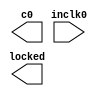
// megafunction wizard: %ALTPLL%VBB%
// GENERATION: STANDARD
// VERSION: WM1.0
// MODULE: altpll 

// ============================================================
// Megafunction Name(s):
// 			altpll
//
// Simulation Library Files(s):
// 			altera_mf
// ============================================================
// ************************************************************
// THIS IS A WIZARD-GENERATED FILE. DO NOT EDIT THIS FILE!
//
// 13.0.1 Build 232 06/12/2013 SP 1 SJ Web Edition
// ************************************************************

//Copyright (C) 1991-2013 Altera Corporation
//Your use of Altera Corporation's design tools, logic functions 
//and other software and tools, and its AMPP partner logic 
//functions, and any output files from any of the foregoing 
//(including device programming or simulation files), and any 
//associated documentation or information are expressly subject 
//to the terms and conditions of the Altera Program License 
//Subscription Agreement, Altera MegaCore Function License 
//Agreement, or other applicable license agreement, including, 
//without limitation, that your use is for the sole purpose of 
//programming logic devices manufactured by Altera and sold by 
//Altera or its authorized distributors.  Please refer to the 
//applicable agreement for further details.

module PLL (
	inclk0,
	c0,
	locked);

	input	  inclk0;
	output	  c0;
	output	  locked;

endmodule

// ============================================================
// CNX file retrieval info
// ============================================================
// Retrieval info: PRIVATE: ACTIVECLK_CHECK STRING "0"
// Retrieval info: PRIVATE: BANDWIDTH STRING "1.000"
// Retrieval info: PRIVATE: BANDWIDTH_FEATURE_ENABLED STRING "0"
// Retrieval info: PRIVATE: BANDWIDTH_FREQ_UNIT STRING "MHz"
// Retrieval info: PRIVATE: BANDWIDTH_PRESET STRING "Low"
// Retrieval info: PRIVATE: BANDWIDTH_USE_AUTO STRING "1"
// Retrieval info: PRIVATE: BANDWIDTH_USE_CUSTOM STRING "0"
// Retrieval info: PRIVATE: BANDWIDTH_USE_PRESET STRING "0"
// Retrieval info: PRIVATE: CLKBAD_SWITCHOVER_CHECK STRING "0"
// Retrieval info: PRIVATE: CLKLOSS_CHECK STRING "0"
// Retrieval info: PRIVATE: CLKSWITCH_CHECK STRING "1"
// Retrieval info: PRIVATE: CNX_NO_COMPENSATE_RADIO STRING "0"
// Retrieval info: PRIVATE: CREATE_CLKBAD_CHECK STRING "0"
// Retrieval info: PRIVATE: CREATE_INCLK1_CHECK STRING "0"
// Retrieval info: PRIVATE: CUR_DEDICATED_CLK STRING "c0"
// Retrieval info: PRIVATE: CUR_FBIN_CLK STRING "c0"
// Retrieval info: PRIVATE: DEVICE_SPEED_GRADE STRING "7"
// Retrieval info: PRIVATE: DIV_FACTOR0 NUMERIC "1"
// Retrieval info: PRIVATE: DUTY_CYCLE0 STRING "65.00000000"
// Retrieval info: PRIVATE: EFF_OUTPUT_FREQ_VALUE0 STRING "50.000000"
// Retrieval info: PRIVATE: EXPLICIT_SWITCHOVER_COUNTER STRING "0"
// Retrieval info: PRIVATE: EXT_FEEDBACK_RADIO STRING "0"
// Retrieval info: PRIVATE: GLOCKED_COUNTER_EDIT_CHANGED STRING "1"
// Retrieval info: PRIVATE: GLOCKED_FEATURE_ENABLED STRING "1"
// Retrieval info: PRIVATE: GLOCKED_MODE_CHECK STRING "1"
// Retrieval info: PRIVATE: GLOCK_COUNTER_EDIT NUMERIC "5000"
// Retrieval info: PRIVATE: HAS_MANUAL_SWITCHOVER STRING "1"
// Retrieval info: PRIVATE: INCLK0_FREQ_EDIT STRING "50.000"
// Retrieval info: PRIVATE: INCLK0_FREQ_UNIT_COMBO STRING "MHz"
// Retrieval info: PRIVATE: INCLK1_FREQ_EDIT STRING "100.000"
// Retrieval info: PRIVATE: INCLK1_FREQ_EDIT_CHANGED STRING "1"
// Retrieval info: PRIVATE: INCLK1_FREQ_UNIT_CHANGED STRING "1"
// Retrieval info: PRIVATE: INCLK1_FREQ_UNIT_COMBO STRING "MHz"
// Retrieval info: PRIVATE: INTENDED_DEVICE_FAMILY STRING "Cyclone II"
// Retrieval info: PRIVATE: INT_FEEDBACK__MODE_RADIO STRING "1"
// Retrieval info: PRIVATE: LOCKED_OUTPUT_CHECK STRING "1"
// Retrieval info: PRIVATE: LONG_SCAN_RADIO STRING "1"
// Retrieval info: PRIVATE: LVDS_MODE_DATA_RATE STRING "Not Available"
// Retrieval info: PRIVATE: LVDS_MODE_DATA_RATE_DIRTY NUMERIC "0"
// Retrieval info: PRIVATE: LVDS_PHASE_SHIFT_UNIT0 STRING "deg"
// Retrieval info: PRIVATE: MIG_DEVICE_SPEED_GRADE STRING "Any"
// Retrieval info: PRIVATE: MIRROR_CLK0 STRING "0"
// Retrieval info: PRIVATE: MULT_FACTOR0 NUMERIC "1"
// Retrieval info: PRIVATE: NORMAL_MODE_RADIO STRING "1"
// Retrieval info: PRIVATE: OUTPUT_FREQ0 STRING "50.00000000"
// Retrieval info: PRIVATE: OUTPUT_FREQ_MODE0 STRING "1"
// Retrieval info: PRIVATE: OUTPUT_FREQ_UNIT0 STRING "MHz"
// Retrieval info: PRIVATE: PHASE_RECONFIG_FEATURE_ENABLED STRING "0"
// Retrieval info: PRIVATE: PHASE_RECONFIG_INPUTS_CHECK STRING "0"
// Retrieval info: PRIVATE: PHASE_SHIFT0 STRING "0.00000000"
// Retrieval info: PRIVATE: PHASE_SHIFT_STEP_ENABLED_CHECK STRING "0"
// Retrieval info: PRIVATE: PHASE_SHIFT_UNIT0 STRING "deg"
// Retrieval info: PRIVATE: PLL_ADVANCED_PARAM_CHECK STRING "0"
// Retrieval info: PRIVATE: PLL_ARESET_CHECK STRING "0"
// Retrieval info: PRIVATE: PLL_AUTOPLL_CHECK NUMERIC "1"
// Retrieval info: PRIVATE: PLL_ENA_CHECK STRING "0"
// Retrieval info: PRIVATE: PLL_ENHPLL_CHECK NUMERIC "0"
// Retrieval info: PRIVATE: PLL_FASTPLL_CHECK NUMERIC "0"
// Retrieval info: PRIVATE: PLL_FBMIMIC_CHECK STRING "0"
// Retrieval info: PRIVATE: PLL_LVDS_PLL_CHECK NUMERIC "0"
// Retrieval info: PRIVATE: PLL_PFDENA_CHECK STRING "0"
// Retrieval info: PRIVATE: PLL_TARGET_HARCOPY_CHECK NUMERIC "0"
// Retrieval info: PRIVATE: PRIMARY_CLK_COMBO STRING "inclk0"
// Retrieval info: PRIVATE: RECONFIG_FILE STRING "PLL.mif"
// Retrieval info: PRIVATE: SACN_INPUTS_CHECK STRING "0"
// Retrieval info: PRIVATE: SCAN_FEATURE_ENABLED STRING "0"
// Retrieval info: PRIVATE: SELF_RESET_LOCK_LOSS STRING "0"
// Retrieval info: PRIVATE: SHORT_SCAN_RADIO STRING "0"
// Retrieval info: PRIVATE: SPREAD_FEATURE_ENABLED STRING "0"
// Retrieval info: PRIVATE: SPREAD_FREQ STRING "50.000"
// Retrieval info: PRIVATE: SPREAD_FREQ_UNIT STRING "KHz"
// Retrieval info: PRIVATE: SPREAD_PERCENT STRING "0.500"
// Retrieval info: PRIVATE: SPREAD_USE STRING "0"
// Retrieval info: PRIVATE: SRC_SYNCH_COMP_RADIO STRING "0"
// Retrieval info: PRIVATE: STICKY_CLK0 STRING "1"
// Retrieval info: PRIVATE: SWITCHOVER_COUNT_EDIT NUMERIC "1"
// Retrieval info: PRIVATE: SWITCHOVER_FEATURE_ENABLED STRING "1"
// Retrieval info: PRIVATE: SYNTH_WRAPPER_GEN_POSTFIX STRING "0"
// Retrieval info: PRIVATE: USE_CLK0 STRING "1"
// Retrieval info: PRIVATE: USE_CLKENA0 STRING "0"
// Retrieval info: PRIVATE: USE_MIL_SPEED_GRADE NUMERIC "0"
// Retrieval info: PRIVATE: ZERO_DELAY_RADIO STRING "0"
// Retrieval info: LIBRARY: altera_mf altera_mf.altera_mf_components.all
// Retrieval info: CONSTANT: CLK0_DIVIDE_BY NUMERIC "1"
// Retrieval info: CONSTANT: CLK0_DUTY_CYCLE NUMERIC "65"
// Retrieval info: CONSTANT: CLK0_MULTIPLY_BY NUMERIC "1"
// Retrieval info: CONSTANT: CLK0_PHASE_SHIFT STRING "0"
// Retrieval info: CONSTANT: COMPENSATE_CLOCK STRING "CLK0"
// Retrieval info: CONSTANT: GATE_LOCK_COUNTER NUMERIC "5000"
// Retrieval info: CONSTANT: GATE_LOCK_SIGNAL STRING "YES"
// Retrieval info: CONSTANT: INCLK0_INPUT_FREQUENCY NUMERIC "20000"
// Retrieval info: CONSTANT: INTENDED_DEVICE_FAMILY STRING "Cyclone II"
// Retrieval info: CONSTANT: INVALID_LOCK_MULTIPLIER NUMERIC "5"
// Retrieval info: CONSTANT: LPM_TYPE STRING "altpll"
// Retrieval info: CONSTANT: OPERATION_MODE STRING "NORMAL"
// Retrieval info: CONSTANT: PORT_ACTIVECLOCK STRING "PORT_UNUSED"
// Retrieval info: CONSTANT: PORT_ARESET STRING "PORT_UNUSED"
// Retrieval info: CONSTANT: PORT_CLKBAD0 STRING "PORT_UNUSED"
// Retrieval info: CONSTANT: PORT_CLKBAD1 STRING "PORT_UNUSED"
// Retrieval info: CONSTANT: PORT_CLKLOSS STRING "PORT_UNUSED"
// Retrieval info: CONSTANT: PORT_CLKSWITCH STRING "PORT_UNUSED"
// Retrieval info: CONSTANT: PORT_CONFIGUPDATE STRING "PORT_UNUSED"
// Retrieval info: CONSTANT: PORT_FBIN STRING "PORT_UNUSED"
// Retrieval info: CONSTANT: PORT_INCLK0 STRING "PORT_USED"
// Retrieval info: CONSTANT: PORT_INCLK1 STRING "PORT_UNUSED"
// Retrieval info: CONSTANT: PORT_LOCKED STRING "PORT_USED"
// Retrieval info: CONSTANT: PORT_PFDENA STRING "PORT_UNUSED"
// Retrieval info: CONSTANT: PORT_PHASECOUNTERSELECT STRING "PORT_UNUSED"
// Retrieval info: CONSTANT: PORT_PHASEDONE STRING "PORT_UNUSED"
// Retrieval info: CONSTANT: PORT_PHASESTEP STRING "PORT_UNUSED"
// Retrieval info: CONSTANT: PORT_PHASEUPDOWN STRING "PORT_UNUSED"
// Retrieval info: CONSTANT: PORT_PLLENA STRING "PORT_UNUSED"
// Retrieval info: CONSTANT: PORT_SCANACLR STRING "PORT_UNUSED"
// Retrieval info: CONSTANT: PORT_SCANCLK STRING "PORT_UNUSED"
// Retrieval info: CONSTANT: PORT_SCANCLKENA STRING "PORT_UNUSED"
// Retrieval info: CONSTANT: PORT_SCANDATA STRING "PORT_UNUSED"
// Retrieval info: CONSTANT: PORT_SCANDATAOUT STRING "PORT_UNUSED"
// Retrieval info: CONSTANT: PORT_SCANDONE STRING "PORT_UNUSED"
// Retrieval info: CONSTANT: PORT_SCANREAD STRING "PORT_UNUSED"
// Retrieval info: CONSTANT: PORT_SCANWRITE STRING "PORT_UNUSED"
// Retrieval info: CONSTANT: PORT_clk0 STRING "PORT_USED"
// Retrieval info: CONSTANT: PORT_clk1 STRING "PORT_UNUSED"
// Retrieval info: CONSTANT: PORT_clk2 STRING "PORT_UNUSED"
// Retrieval info: CONSTANT: PORT_clk3 STRING "PORT_UNUSED"
// Retrieval info: CONSTANT: PORT_clk4 STRING "PORT_UNUSED"
// Retrieval info: CONSTANT: PORT_clk5 STRING "PORT_UNUSED"
// Retrieval info: CONSTANT: PORT_clkena0 STRING "PORT_UNUSED"
// Retrieval info: CONSTANT: PORT_clkena1 STRING "PORT_UNUSED"
// Retrieval info: CONSTANT: PORT_clkena2 STRING "PORT_UNUSED"
// Retrieval info: CONSTANT: PORT_clkena3 STRING "PORT_UNUSED"
// Retrieval info: CONSTANT: PORT_clkena4 STRING "PORT_UNUSED"
// Retrieval info: CONSTANT: PORT_clkena5 STRING "PORT_UNUSED"
// Retrieval info: CONSTANT: PORT_extclk0 STRING "PORT_UNUSED"
// Retrieval info: CONSTANT: PORT_extclk1 STRING "PORT_UNUSED"
// Retrieval info: CONSTANT: PORT_extclk2 STRING "PORT_UNUSED"
// Retrieval info: CONSTANT: PORT_extclk3 STRING "PORT_UNUSED"
// Retrieval info: CONSTANT: VALID_LOCK_MULTIPLIER NUMERIC "1"
// Retrieval info: USED_PORT: @clk 0 0 6 0 OUTPUT_CLK_EXT VCC "@clk[5..0]"
// Retrieval info: USED_PORT: @extclk 0 0 4 0 OUTPUT_CLK_EXT VCC "@extclk[3..0]"
// Retrieval info: USED_PORT: c0 0 0 0 0 OUTPUT_CLK_EXT VCC "c0"
// Retrieval info: USED_PORT: inclk0 0 0 0 0 INPUT_CLK_EXT GND "inclk0"
// Retrieval info: USED_PORT: locked 0 0 0 0 OUTPUT GND "locked"
// Retrieval info: CONNECT: @inclk 0 0 1 1 GND 0 0 0 0
// Retrieval info: CONNECT: @inclk 0 0 1 0 inclk0 0 0 0 0
// Retrieval info: CONNECT: c0 0 0 0 0 @clk 0 0 1 0
// Retrieval info: CONNECT: locked 0 0 0 0 @locked 0 0 0 0
// Retrieval info: GEN_FILE: TYPE_NORMAL PLL.v TRUE
// Retrieval info: GEN_FILE: TYPE_NORMAL PLL.ppf TRUE
// Retrieval info: GEN_FILE: TYPE_NORMAL PLL.inc FALSE
// Retrieval info: GEN_FILE: TYPE_NORMAL PLL.cmp FALSE
// Retrieval info: GEN_FILE: TYPE_NORMAL PLL.bsf FALSE
// Retrieval info: GEN_FILE: TYPE_NORMAL PLL_inst.v TRUE
// Retrieval info: GEN_FILE: TYPE_NORMAL PLL_bb.v TRUE
// Retrieval info: LIB_FILE: altera_mf
// Retrieval info: CBX_MODULE_PREFIX: ON